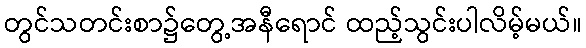
တွင်သတင်းစာ၌တွေ့အနီရောင် ထည့်သွင်းပါလိမ့်မယ်။